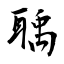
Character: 聥